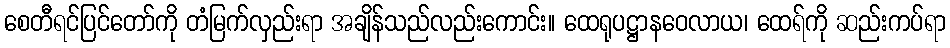
စေတီရင်ပြင်တော်ကို တံမြက်လှည်းရာ အချိန်သည်လည်းကောင်း။ ထေရုပဋ္ဌာနဝေလာယ၊ ထေရ်ကို ဆည်းကပ်ရာ